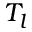
T _ { l }